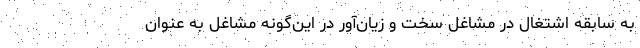
به سابقه اشتغال در مشاغل سخت و زیان‌آور در این‌گونه مشاغل به عنوان